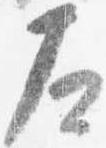
左